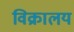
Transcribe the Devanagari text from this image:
विक्रालय